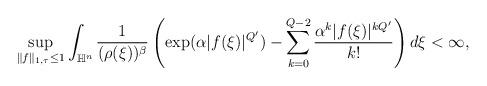
LaTeX: \begin{align*}\sup_{\|f\|_{1,\tau}\leq1}\int_{\mathbb{H}^{n}}\frac{1}{(\rho(\xi))^{\beta}}\left(\exp(\alpha|f(\xi)|^{Q'})-\sum_{k=0}^{Q-2}\frac{\alpha^{k}|f(\xi)|^{kQ'}}{k!}\right)d\xi<\infty,\end{align*}